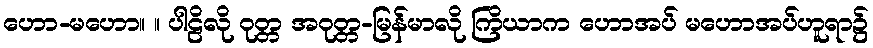
ဟော-မဟော။ ။ ပါဠိလို ဝုတ္တ အဝုတ္တ-မြန်မာလို ကြိယာက ဟောအပ် မဟောအပ်ဟူရာ၌